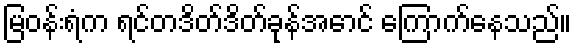
မြဝန်းရံက ရင်တဒိတ်ဒိတ်ခုန်အောင် ကြောက်နေသည်။